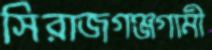
সিরাজগঞ্জগামী